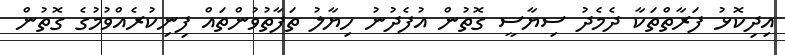
އިދިކޮޅު ފަރާތްތަކާ ދެމެދު ސިޔާސީ ގޮތުން އުފެދުނު ހިޔާލު ތަފާތުވުންތައް ފިނިކުރެއްވުމުގެ ގޮތުން